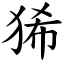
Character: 狶